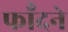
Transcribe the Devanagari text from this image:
फाँदने